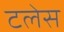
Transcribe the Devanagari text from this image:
टलेस